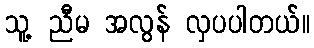
သူ့ ညီမ အလွန် လှပပါတယ်။